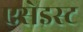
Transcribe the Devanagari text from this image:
एसेइस्ट